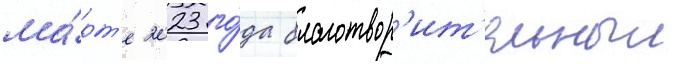
ма́рт'е 2023 го́да благотвор'ит'ельныи